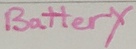
Text: Battery